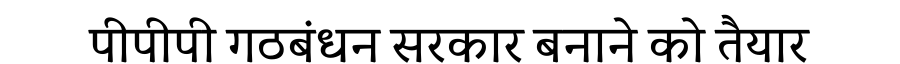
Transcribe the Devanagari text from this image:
पीपीपी गठबंधन सरकार बनाने को तैयार